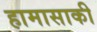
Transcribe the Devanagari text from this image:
हामासाकी